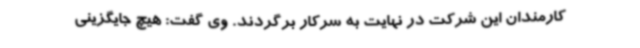
کارمندان این شرکت در نهایت به سرکار برگردند. وی گفت: هیچ جایگزینی